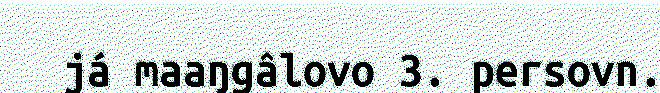
já maaŋgâlovo 3. persovn.